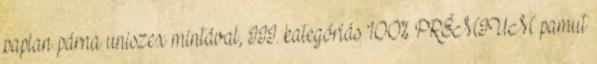
paplan párna uniszex mintával, III. kategóriás 100% PRÉMIUM pamut